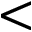
<